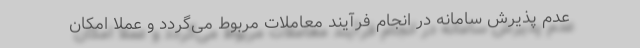
عدم پذیرش سامانه در انجام فرآیند معاملات مربوط می‌گردد و عملاً امکان